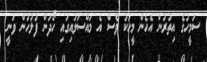
ސަމީހުގެ އިތުރުން އެހެން މީހަކު ވެސް އެ މައްސަލައިގައި ހޯދަން ފުލުހުން ވަނީ